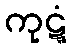
ကုဋ္ဋံ